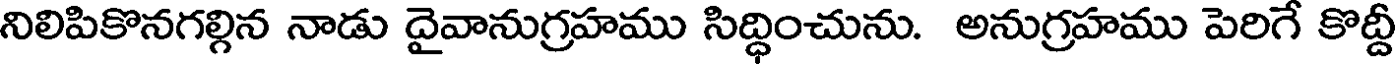
నిలిపికొనగల్గిన నాడు దైవానుగ్రహము సిద్ధించును. అనుగ్రహము పెరిగే కొద్దీ